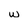
Character: w